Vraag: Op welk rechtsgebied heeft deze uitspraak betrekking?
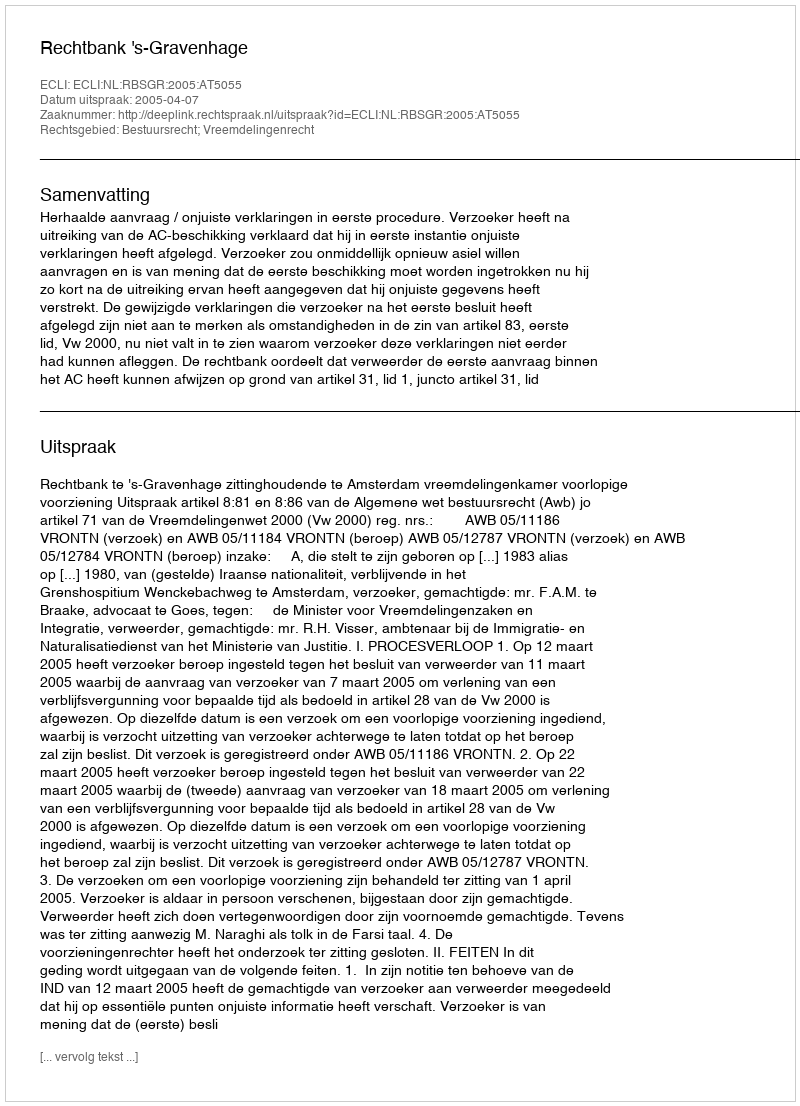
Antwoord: Bestuursrecht; Vreemdelingenrecht